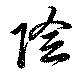
陰